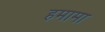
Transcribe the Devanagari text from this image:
हमामा